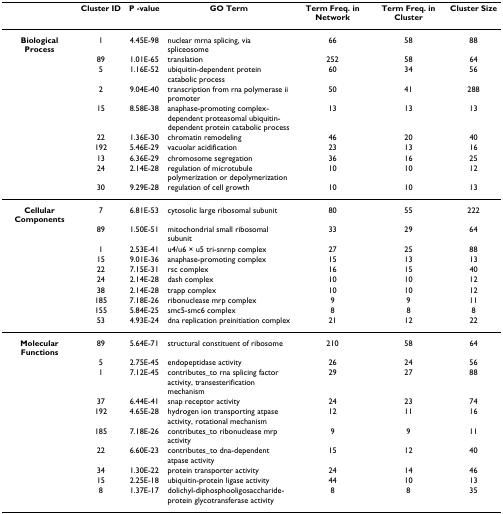
<table><thead><tr><td></td><td><b>Cluster ID</b></td><td><b>P -value</b></td><td><b>GO Term</b></td><td><b>Term Freq. in Network</b></td><td><b>Term Freq. in Cluster</b></td><td><b>Cluster Size</b></td></tr></thead><tbody><tr><td><b>Biological Process</b></td><td>1</td><td>4.45E-98</td><td>nuclear mrna splicing, via spliceosome</td><td>66</td><td>58</td><td>88</td></tr><tr><td></td><td>89</td><td>1.01E-65</td><td>translation</td><td>252</td><td>58</td><td>64</td></tr><tr><td></td><td>5</td><td>1.16E-52</td><td>ubiquitin-dependent protein catabolic process</td><td>60</td><td>34</td><td>56</td></tr><tr><td></td><td>2</td><td>9.04E-40</td><td>transcription from rna polymerase ii promoter</td><td>50</td><td>41</td><td>288</td></tr><tr><td></td><td>15</td><td>8.58E-38</td><td>anaphase-promoting complex-dependent proteasomal ubiquitin-dependent protein catabolic process</td><td>13</td><td>13</td><td>13</td></tr><tr><td></td><td>22</td><td>1.36E-30</td><td>chromatin remodeling</td><td>46</td><td>20</td><td>40</td></tr><tr><td></td><td>192</td><td>5.46E-29</td><td>vacuolar acidification</td><td>23</td><td>13</td><td>16</td></tr><tr><td></td><td>13</td><td>6.36E-29</td><td>chromosome segregation</td><td>36</td><td>16</td><td>25</td></tr><tr><td></td><td>24</td><td>2.14E-28</td><td>regulation of microtubule polymerization or depolymerization</td><td>10</td><td>10</td><td>12</td></tr><tr><td></td><td>30</td><td>9.29E-28</td><td>regulation of cell growth</td><td>10</td><td>10</td><td>13</td></tr><tr><td><b>Cellular Components</b></td><td>7</td><td>6.81E-53</td><td>cytosolic large ribosomal subunit</td><td>80</td><td>55</td><td>222</td></tr><tr><td></td><td>89</td><td>1.50E-51</td><td>mitochondrial small ribosomal subunit</td><td>33</td><td>29</td><td>64</td></tr><tr><td></td><td>1</td><td>2.53E-41</td><td>u4/u6 × u5 tri-snrnp complex</td><td>27</td><td>25</td><td>88</td></tr><tr><td></td><td>15</td><td>9.01E-36</td><td>anaphase-promoting complex</td><td>15</td><td>13</td><td>13</td></tr><tr><td></td><td>22</td><td>7.15E-31</td><td>rsc complex</td><td>16</td><td>15</td><td>40</td></tr><tr><td></td><td>24</td><td>2.14E-28</td><td>dash complex</td><td>10</td><td>10</td><td>12</td></tr><tr><td></td><td>38</td><td>2.14E-28</td><td>trapp complex</td><td>10</td><td>10</td><td>12</td></tr><tr><td></td><td>185</td><td>7.18E-26</td><td>ribonuclease mrp complex</td><td>9</td><td>9</td><td>11</td></tr><tr><td></td><td>155</td><td>5.84E-25</td><td>smc5-smc6 complex</td><td>8</td><td>8</td><td>8</td></tr><tr><td></td><td>53</td><td>4.93E-24</td><td>dna replication preinitiation complex</td><td>21</td><td>12</td><td>22</td></tr><tr><td><b>Molecular Functions</b></td><td>89</td><td>5.64E-71</td><td>structural constituent of ribosome</td><td>210</td><td>58</td><td>64</td></tr><tr><td></td><td>5</td><td>2.75E-45</td><td>endopeptidase activity</td><td>26</td><td>24</td><td>56</td></tr><tr><td></td><td>1</td><td>7.12E-45</td><td>contributes_to rna splicing factor activity, transesterification mechanism</td><td>29</td><td>27</td><td>88</td></tr><tr><td></td><td>37</td><td>6.44E-41</td><td>snap receptor activity</td><td>24</td><td>23</td><td>74</td></tr><tr><td></td><td>192</td><td>4.65E-28</td><td>hydrogen ion transporting atpase activity, rotational mechanism</td><td>12</td><td>11</td><td>16</td></tr><tr><td></td><td>185</td><td>7.18E-26</td><td>contributes_to ribonuclease mrp activity</td><td>9</td><td>9</td><td>11</td></tr><tr><td></td><td>22</td><td>6.60E-23</td><td>contributes_to dna-dependent atpase activity</td><td>15</td><td>12</td><td>40</td></tr><tr><td></td><td>34</td><td>1.30E-22</td><td>protein transporter activity</td><td>24</td><td>14</td><td>46</td></tr><tr><td></td><td>15</td><td>2.25E-18</td><td>ubiquitin-protein ligase activity</td><td>44</td><td>10</td><td>13</td></tr><tr><td></td><td>8</td><td>1.37E-17</td><td>dolichyl-diphosphooligosaccharide-protein glycotransferase activity</td><td>8</td><td>8</td><td>35</td></tr></tbody></table>